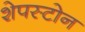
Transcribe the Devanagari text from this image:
शेपस्टोन